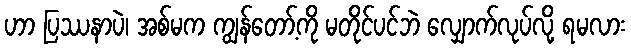
ဟာ ပြဿနာပဲ၊ အစ်မက ကျွန်တော့်ကို မတိုင်ပင်ဘဲ လျှောက်လုပ်လို့ ရမလား